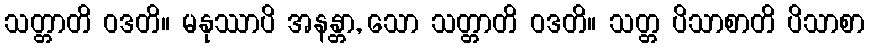
သတ္တာတိ ဝဒတိ။ မနုဿာပိ အနန္တာ, သော သတ္တာတိ ဝဒတိ။ သတ္တ ပိသာစာတိ ပိသာစာ